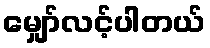
မျှော်လင့်ပါတယ်